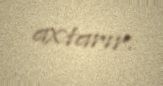
axtarır.